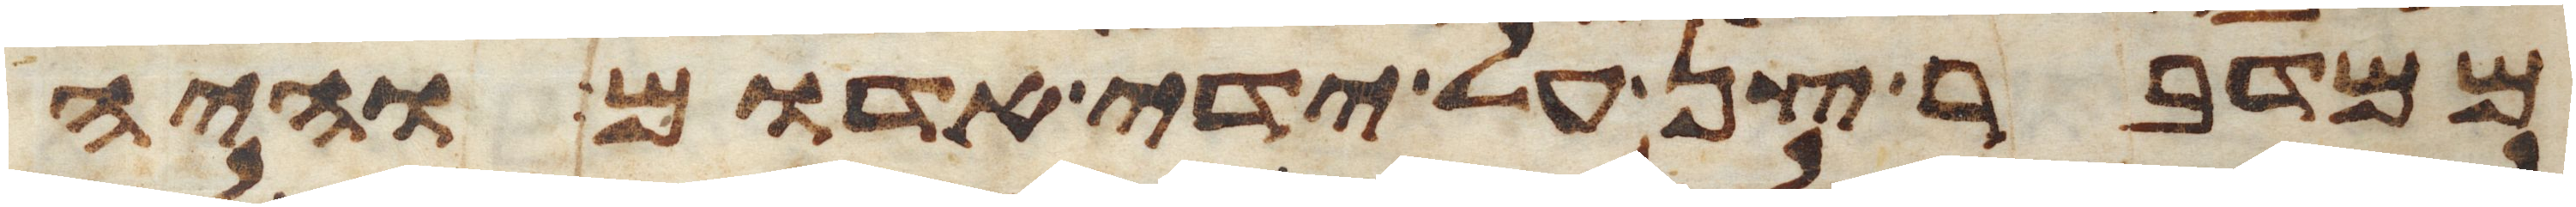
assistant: ממדבר צן על ידי אדום והיה